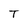
Character: T